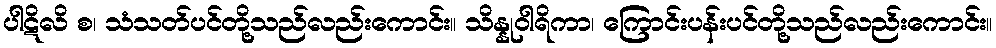
ပါဋိလိ စ၊ သံသတ်ပင်တို့သည်လည်းကောင်း။ သိန္နုဝါရိကာ၊ ကြောင်းပန်းပင်တို့သည်လည်းကောင်း။